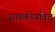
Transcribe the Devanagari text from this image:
सांख्कीयविद्